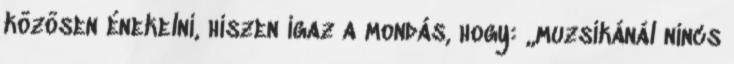
közösen énekelni, hiszen igaz a mondás, hogy: ,,muzsikánál nincs